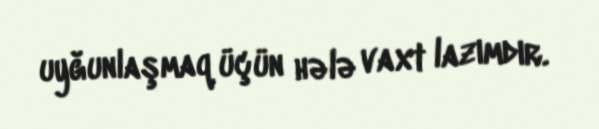
uyğunlaşmaq üçün hələ vaxt lazımdır.